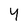
Character: Y